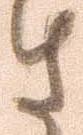
さ